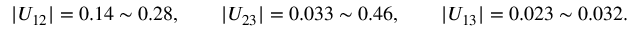
| U _ { 1 2 } | = 0 . 1 4 \sim 0 . 2 8 , \qquad | U _ { 2 3 } | = 0 . 0 3 3 \sim 0 . 4 6 , \qquad | U _ { 1 3 } | = 0 . 0 2 3 \sim 0 . 0 3 2 .